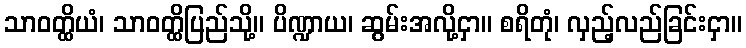
သာဝတ္ထိယံ၊ သာဝတ္ထိပြည်သို့။ ပိဏ္ဍာယ၊ ဆွမ်းအလို့ငှာ။ စရိတုံ၊ လှည့်လည်ခြင်းငှာ။